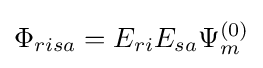
\Phi _{risa}=E_{ri}E_{sa}\Psi _{m}^{(0)}